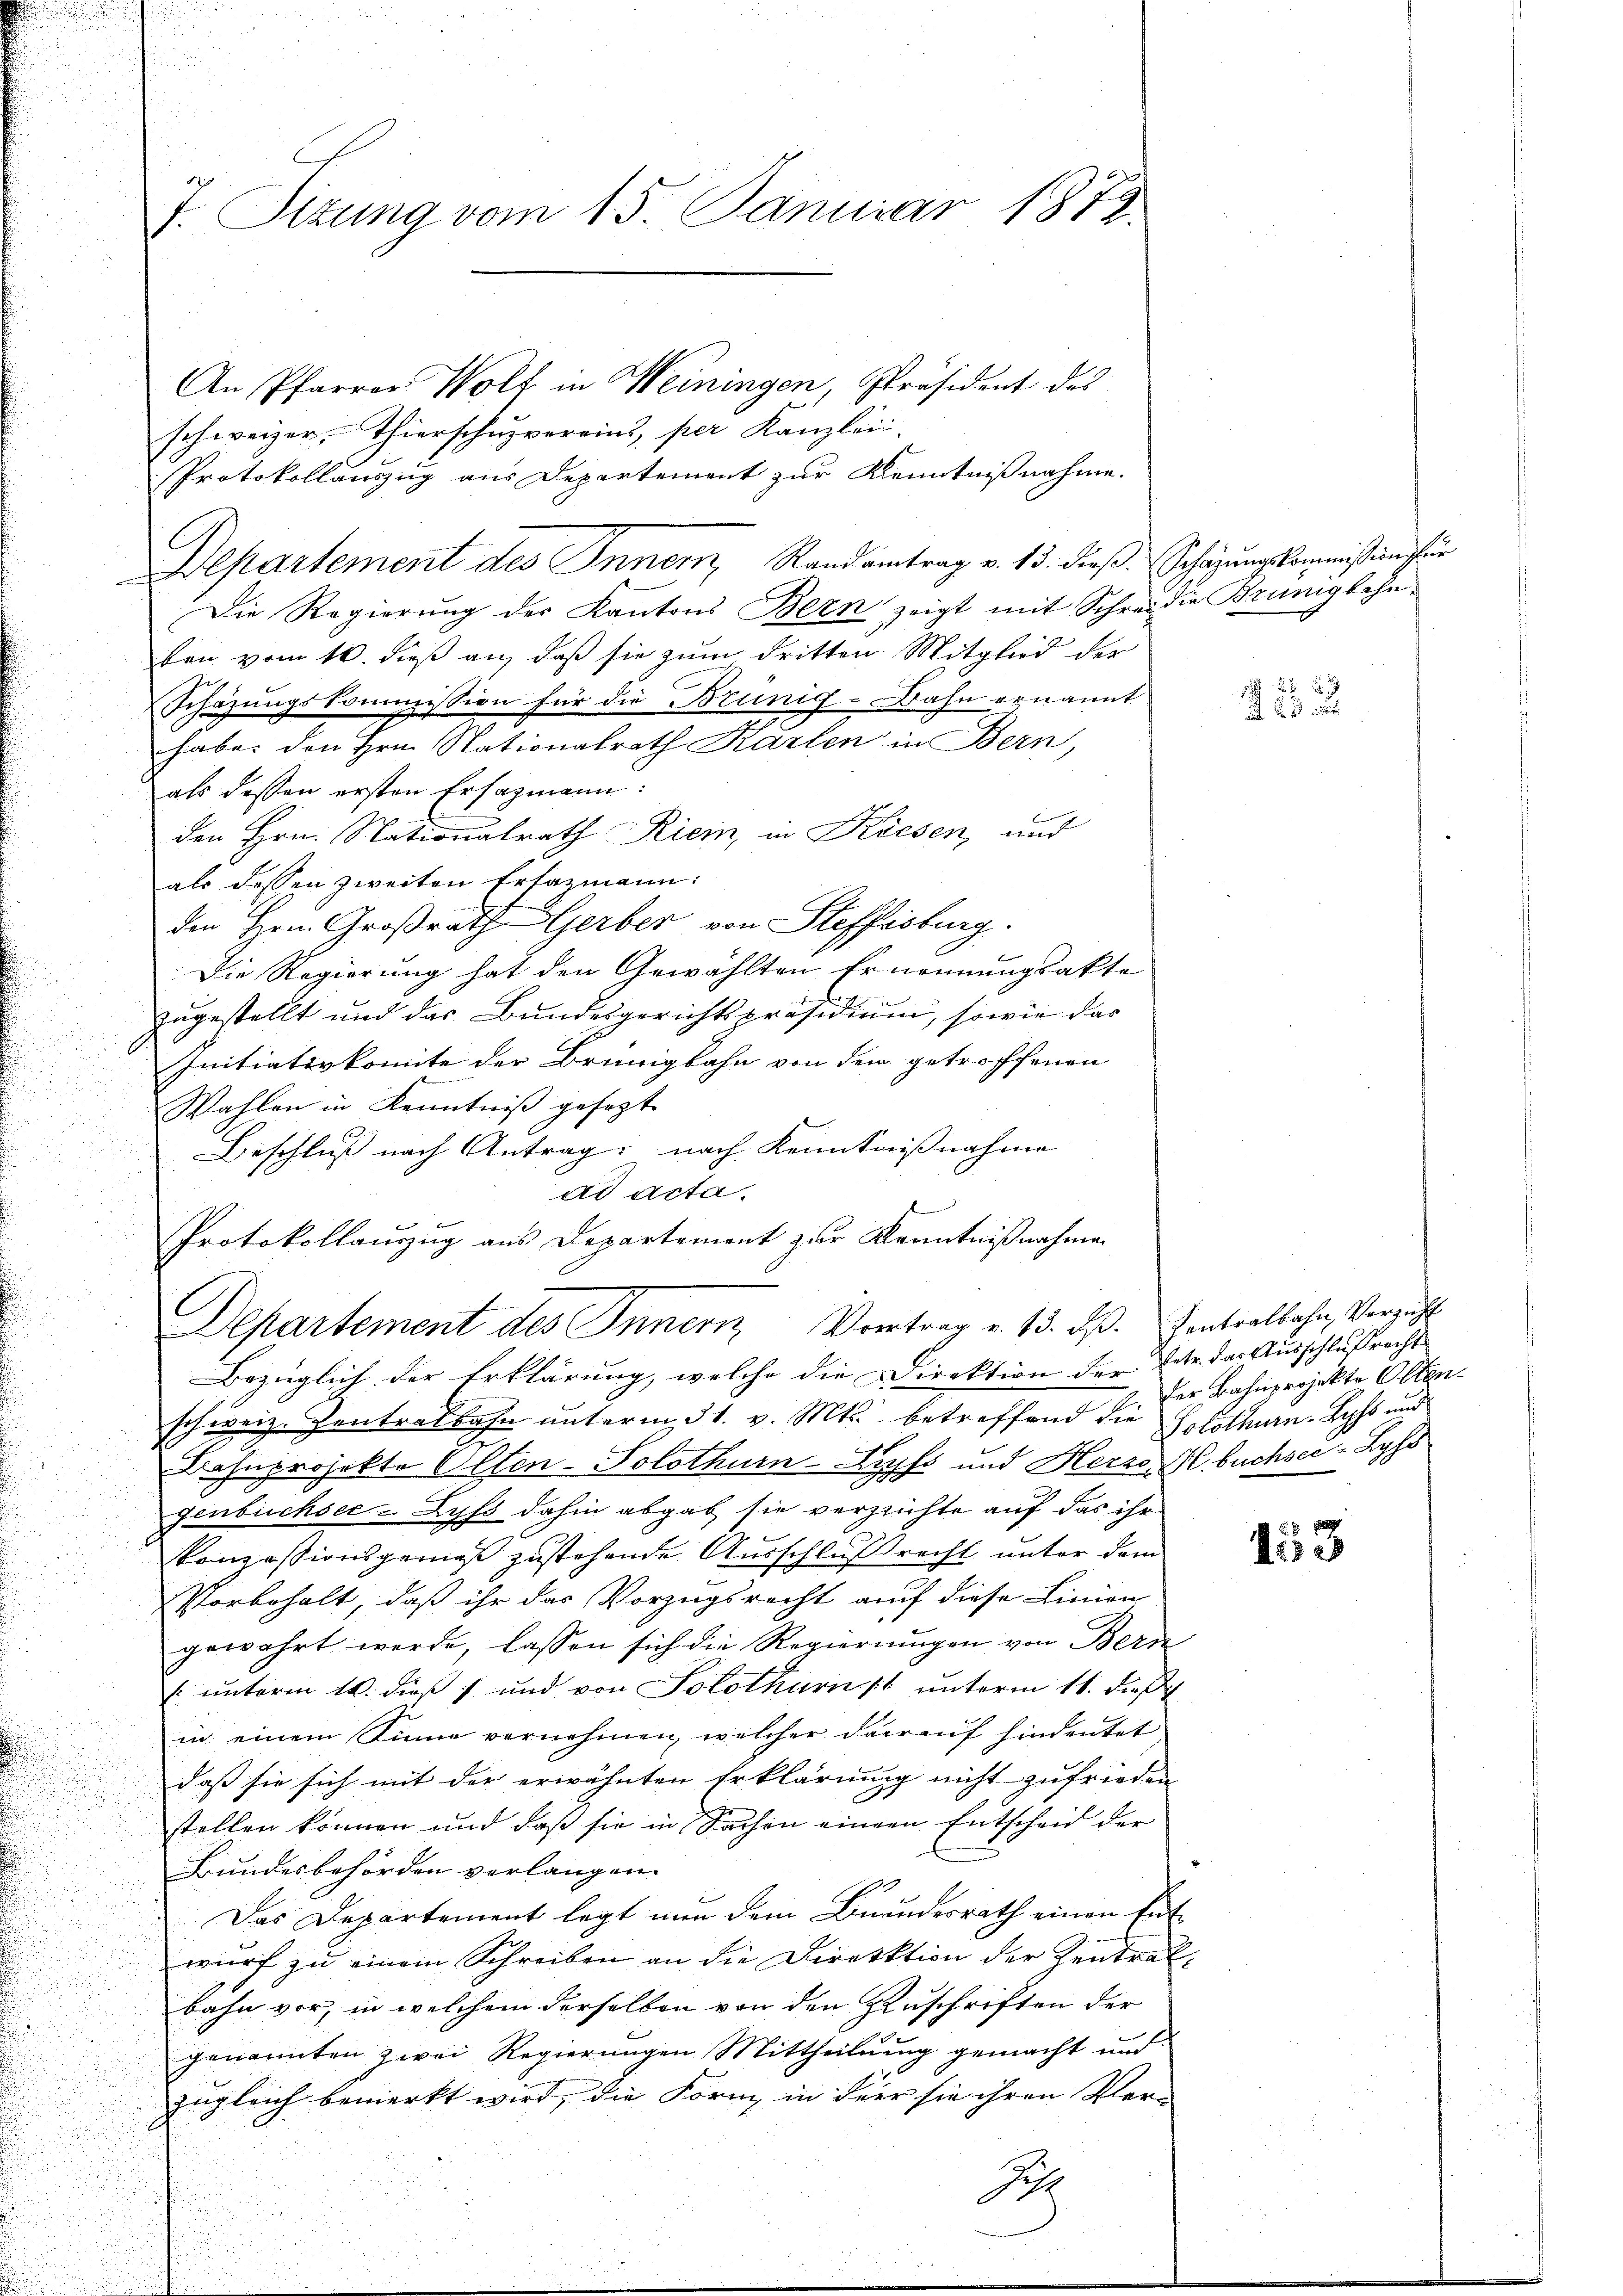
J. Titung vom 15. Januar 1872.

An Pfarrer Wolf in Weiningen, Präsident des
schweizer, Thierschuzvereins, per Kanzleii
Protokollauszug aus Departement zur Kenntnißnahme.
Departement des Innern, Randantrag v. 13. dieß. Schazungskommißion für
Die Regierung des Kantons Bern zeigt mit Schreidie Brünglehn
ken vom 10. dieß an, daß sie zum dritten Mitglied der
Schazungskommission für die Brünig-Bahn ernannt
habe: den Hrn. Nationalrath Karlen in Bern,
als dessen ersten Ersazmann:
den Hrn. Stationalrath Riein, in Kiesen, und
als dessen zweiten Erlazmann:
den Hrn. Großrath Gerber von Steffisburg.
Die Regierung hat den Gewählten Ernennungsakte
zugestellt und das Bundesgerichtspräsidium, sowie das
Initiativkomite der Brünigbahn von dem getroffenen
Wahlen in Kenntniß gesetzt.
Beschluß nach Antrag, nach Kenntnißnahme
ad acta.
Protokollauszug aus Departement zur Kenntnißnahme
Departement des Innern, Vortrag v. 13. dß. Zentralbahn, Verzicht
Bezüglich der Erklärung, welche die Direktion der Ertr. das Ausschlußrecht
schweiz. Zentralbahn unterm 31. v. Mts. betreffend die Solothurn-Lehs und
Bahnprojekte Olten-Solothurn-Zopfs und Herzen buchsee - Lyss
genbüchsee- Lyss dahin abgab sie verzeichte auf das ihr
konzessionsgemäß zustehende Ausschluß recht unter dem
Vorbehalt, daß ihr das Vorzugsrecht auf diese Linien
gewahrt werde, lassen sich die Regierungen von Bern
 unterm 16. dieß) und von Solothurn 1 unterm 11. dieß
in einem Sinne vernehmen, welcher darauf hindeutet
daß sie sich mit der erwähnten Erklärung nicht zufrieden
stellen können und daß sie in Sachen einem Entscheid der
Bundesbehörden verlangen.
Das Departement legt nun dem Bundesrath einen Entwurf zu einem Schreiben an die Direktion der Zentralbahn vor, in welchem derselben von den Zuschriften der
genannten zwei Regierungen Mittheilung gemacht und
zugleich bemerkt wird, die Form, in der sie ihren Klar-
S

85
a

der Bahnprojekte Olten.

153